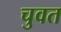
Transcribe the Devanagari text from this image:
चुवत